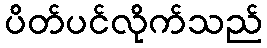
ပိတ်ပင်လိုက်သည်